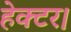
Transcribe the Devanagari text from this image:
हेक्‍टर।